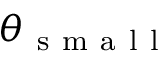
\theta _ { \mathrm { ~ s ~ m ~ a ~ l ~ l ~ } }